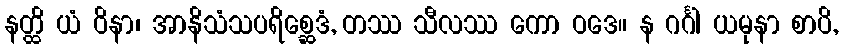
နတ္ထိ ယံ ဝိနာ၊ အာနိသံသပရိစ္ဆေဒံ, တဿ သီလဿ ကော ဝဒေ။ န ဂင်္ဂါ ယမုနာ စာပိ,